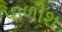
પાળીશ